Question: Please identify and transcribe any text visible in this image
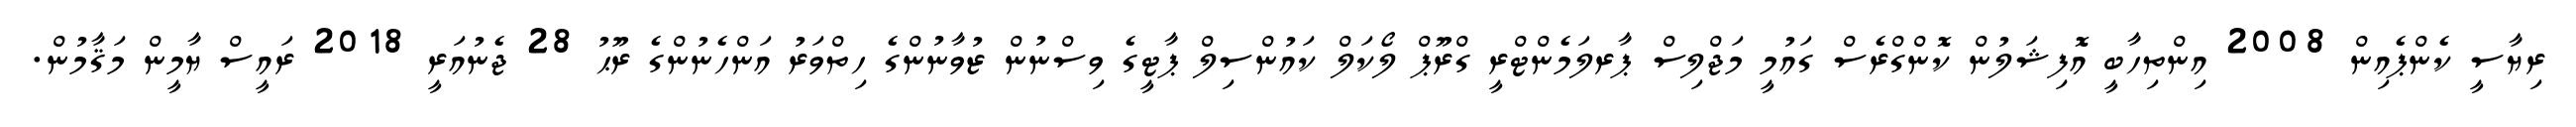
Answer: ރިޔާސީ ކެންޕެއިން 2008 އިންތިހާބީ އޮފިޝަލުން ކޮންގްރެސް ގައުމީ މަޖްލިސް ޕާރލަމެންޓްރީ ގްރޫޕް ލޯކަލް ކައުންސިލް ޕާޓީގެ ވިސްނުން ޒުވާނުންގެ ހިތްވަރު އަންހެނުންގެ ރޫޙު 28 ޖެނުއަރީ 2018 ރައީސް ޔާމީން މަޤާމުން.